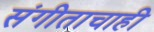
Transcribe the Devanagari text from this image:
संगीताचाही